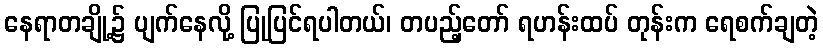
နေရာတချို့၌ ပျက်နေလို့ ပြုပြင်ရပါတယ်၊ တပည့်တော် ရဟန်းထပ် တုန်းက ရေစက်ချတဲ့